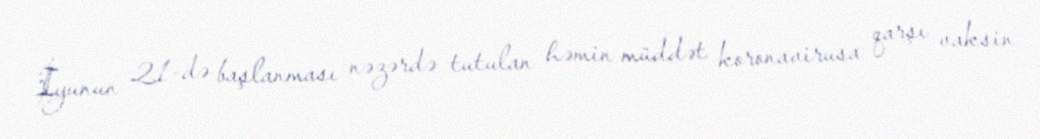
İyunun 21-də başlanması nəzərdə tutulan həmin müddət koronavirusa qarşı vaksin